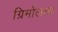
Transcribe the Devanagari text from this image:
ग्रिमोलता